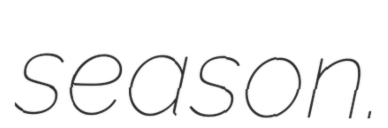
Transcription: season.